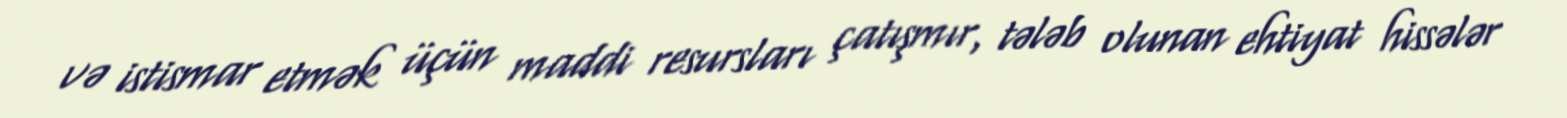
və istismar etmək üçün maddi resursları çatışmır, tələb olunan ehtiyat hissələr